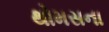
થોમસના